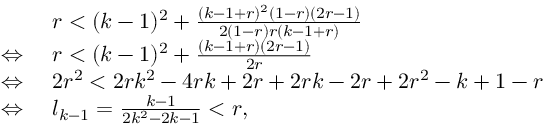
\begin{array} { r l } & { r < ( k - 1 ) ^ { 2 } + \frac { ( k - 1 + r ) ^ { 2 } ( 1 - r ) ( 2 r - 1 ) } { 2 ( 1 - r ) r ( k - 1 + r ) } } \\ { \Leftrightarrow \, \, } & { r < ( k - 1 ) ^ { 2 } + \frac { ( k - 1 + r ) ( 2 r - 1 ) } { 2 r } } \\ { \Leftrightarrow \, \, } & { 2 r ^ { 2 } < 2 r k ^ { 2 } - 4 r k + 2 r + 2 r k - 2 r + 2 r ^ { 2 } - k + 1 - r } \\ { \Leftrightarrow \, \, } & { l _ { k - 1 } = \frac { k - 1 } { 2 k ^ { 2 } - 2 k - 1 } < r , } \end{array}